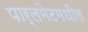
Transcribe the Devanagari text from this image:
पार्लमेटमधील